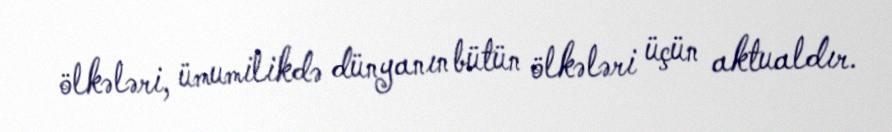
ölkələri, ümumilikdə dünyanın bütün ölkələri üçün aktualdır.